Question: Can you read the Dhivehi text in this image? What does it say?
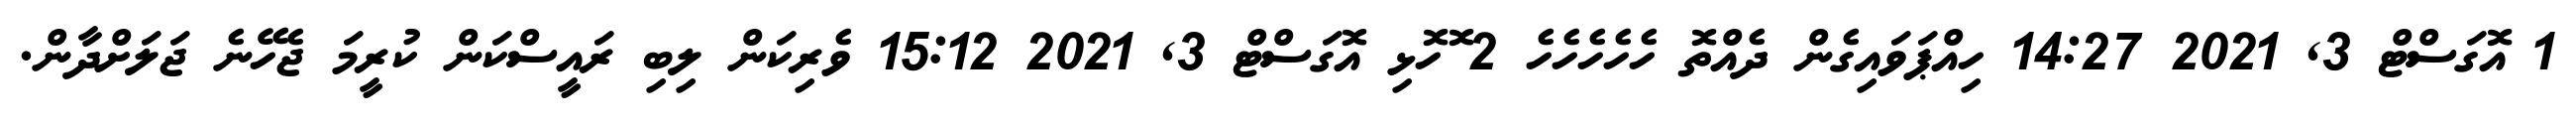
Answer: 1 އޮގަސްޓް 3, 2021 14:27 ހިއްޕަވައިގެން ދެއްތޮ ހެހެހެހެހެ 2 ޮހޮޅި އޮގަސްޓް 3, 2021 15:12 ވެރިކަން ލިބި ރައީސްކަން ކުރީމަ ޖެހޭނެ ޖަލަށްދާން.